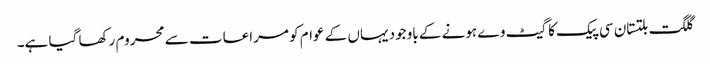
گلگت بلتستان سی پیک کا گیٹ وے ہونے کے باوجود یہاں کے عوام کو مراعات سے محروم رکھا گیا ہے۔